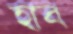
হাব